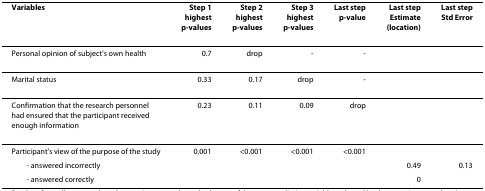
<table><thead><tr><td><b>Variables</b></td><td><b>Step 1highestp-values</b></td><td><b>Step 2highestp-values</b></td><td><b>Step 3highestp-values</b></td><td><b>Last step p-value</b></td><td><b>Last step Estimate (location)</b></td><td><b>Last stepStd Error</b></td></tr></thead><tbody><tr><td>Personal opinion of subject&#x27;s own health</td><td>0.7</td><td>drop</td><td>-</td><td>-</td><td></td><td></td></tr><tr><td>Marital status</td><td>0.33</td><td>0.17</td><td>drop</td><td>-</td><td></td><td></td></tr><tr><td>Confirmation that the research personnel had ensured that the participant received enough information</td><td>0.23</td><td>0.11</td><td>0.09</td><td>drop</td><td></td><td></td></tr><tr><td>Participant&#x27;s view of the purpose of the study</td><td>0.001</td><td>&lt;0.001</td><td>&lt;0.001</td><td>&lt;0.001</td><td></td><td></td></tr><tr><td> - answered incorrectly</td><td></td><td></td><td></td><td></td><td>0.49</td><td>0.13</td></tr><tr><td> - answered correctly</td><td></td><td></td><td></td><td></td><td>0</td><td></td></tr></tbody></table>